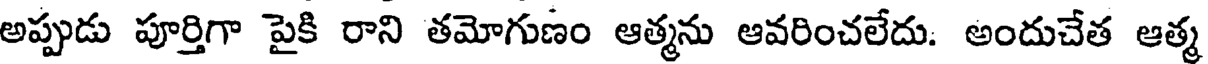
అప్పుడు పూర్తిగా పైకి రాని తమోగుణం ఆత్మను ఆవరించలేదు. అందుచేత ఆత్మ